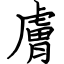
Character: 膚